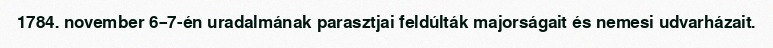
1784. november 6–7-én uradalmának parasztjai feldúlták majorságait és nemesi udvarházait.